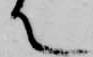
て